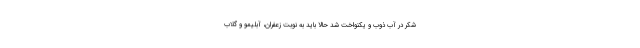
شکر در آب ذوب و یکنواخت شد حالا باید به نوبت زعفران، آبلیمو و گلاب